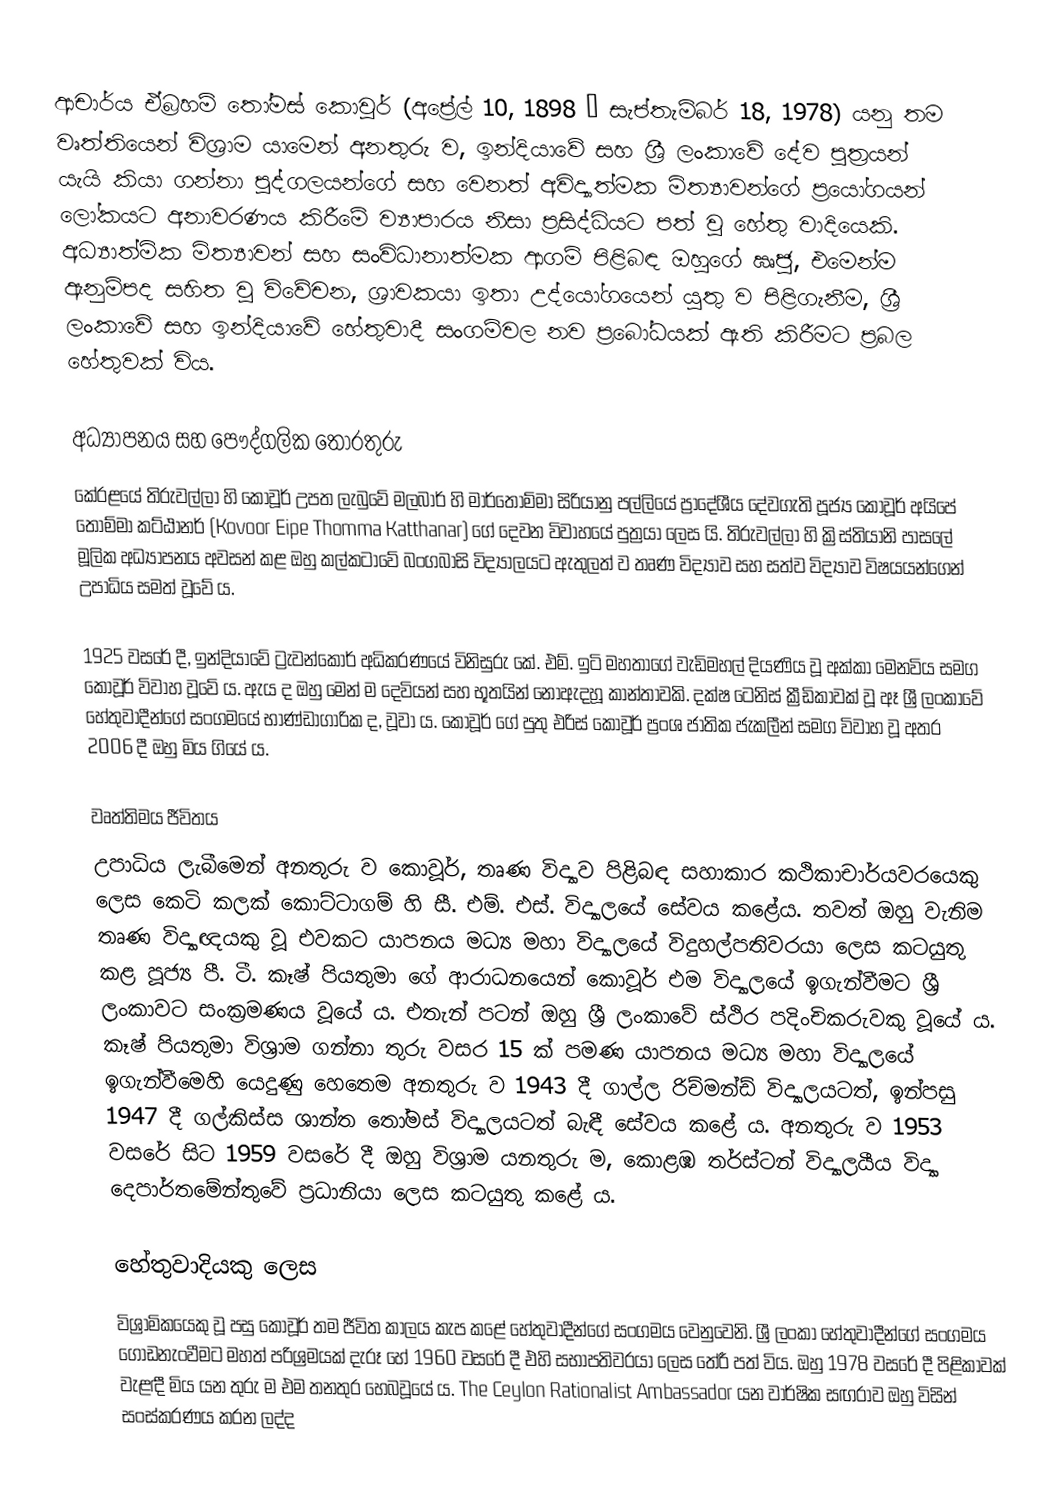
ආචාර්ය ඒබ්‍රහම් තෝමස් ‍කොවූර් (අප්‍රේල් 10, 1898 – සැප්තැම්බර් 18, 1978) යනු තම වෘත්තියෙන් විශ්‍රාම යාමෙන් අනතුරු ව, ඉන්දියාවේ සහ ශ්‍රී ලංකාවේ දේව පුත්‍රයන් යැයි කියා ගන්නා පුද්ගලයන්ගේ සහ වෙනත් අවිද්‍යාත්මක මිත්‍යාවන්ගේ ප්‍රයෝගයන් ලෝකයට අනාවරණය කිරීමේ ව්‍යාපාරය නිසා ප්‍රසිද්ධියට පත් වූ හේතු වාදියෙකි. අධ්‍යාත්මික මිත්‍යාවන් සහ සංවිධානාත්මක ආගම් පිළිබඳ ඔහුගේ ඍජු, එමෙන්ම ඇනුම්පද සහිත වූ විවේචන, ශ්‍රාවකයා ඉතා උද්යෝගයෙන් යුතු ව පිළිගැනීම, ශ්‍රී ලංකාවේ සහ ඉන්දියාවේ හේතුවාදී සංගම්වල නව ප්‍රබෝධයක් ඇති කිරීමට ප්‍රබල හේතුවක් විය.

අධ්‍යාපනය සහ පෞද්ගලික තොරතුරු
කේරළයේ තිරුවල්ලා හි කොවූර් උපත ලැබුවේ මලබාර් හි මාර්තොම්මා සිරියානු පල්ලියේ ප්‍රාදේශීය දේවගැති පූජ්‍ය කොවූර් අයිපේ තොම්මා කට්ඨානර් (Kovoor Eipe Thomma Katthanar)  ගේ දෙවන විවාහයේ පුත්‍රයා ලෙස යි. තිරුවල්ලා හි ක්‍රිස්තියානි පාසලේ මූලික අධ්‍යාපනය අවසන් කළ ඔහු කල්කටා‍වේ බංගබාසි විද්‍යාලයට ඇතුලත් ව තෘණ විද්‍යාව සහ සත්ව විද්‍යාව විෂයයන්ගෙන් උපාධිය සමත් වූවේ ය.

1925 වසරේ දී, ඉන්දියාවේ ට්‍රැවන්කෝර් අධිකරණයේ විනිසුරු කේ. එම්. ඉටි මහතාගේ වැඩිමහල් දියණිය වූ අක්කා මෙනවිය සමග  කොවූර් විවාහ වූවේ ය. ඇය ද ඔහු මෙන් ම දෙවියන් සහ භූතයින් නොඇදහූ කාන්තාවකි. දක්ෂ ටෙනිස් ක්‍රීඩිකාවක් වූ ඈ ශ්‍රී ලංකාවේ හේතුවාදීන්ගේ සංගමයේ භාණ්ඩාගාරික ද, වූවා ය. කොවූර් ගේ පුතු එරිස් කොවූර් ප්‍රංශ ජාතික ජැකලීන් සමග විවාහ වූ අතර 2006 දී ඔහු මිය ගි‍යේ ය.

වෘත්තිමය ජීවිතය
උපාධිය ලැබීමෙන් අනතුරු ව කොවූර්, තෘණ විද්‍යාව පිළිබඳ සහාකාර කථිකාචාර්යවරයෙකු ලෙස කෙටි කලක් කොට්ටාගම් හි සී. එම්. එස්. විද්‍යාලයේ සේවය කළේය. තවත් ඔහු වැනිම තෘණ විද්‍යා‍‍‍ඥයකු වූ එවකට යාපනය මධ්‍ය මහා විද්‍යාලයේ විදුහල්පතිවරයා ලෙස කටයුතු කළ පූජ්‍ය පී. ටී. කෑෂ් පියතුමා ගේ ආරාධනයෙන් කොවූර් එම විද්‍යාලයේ ඉගැන්වීමට ශ්‍රී ලංකාවට සංක්‍රමණය වූයේ ය. එතැන් පටන් ඔහු ශ්‍රී ලංකාවේ ස්ථිර පදිංචිකරුවකු වූයේ ය. කෑෂ් පියතුමා විශ්‍රාම ගන්නා තුරු වසර 15 ක් පමණ යාපනය මධ්‍ය මහා විද්‍යාලයේ ඉගැන්වීමෙහි යෙදුණු හෙතෙම අනතුරු ව 1943 දී ගාල්ල රිච්මන්ඩ් විද්‍යාලයටත්, ඉන්පසු 1947 දී ගල්කිස්ස ශාන්ත තෝමස් විද්‍යාලයටත් බැඳී සේවය කළේ ය. අනතුරු ව 1953 වසරේ සිට 1959 වසරේ දී ඔහු විශ්‍රාම යනතුරු ම, කොළඹ තර්ස්ටන් විද්‍යාලයීය විද්‍යා දෙපාර්තමේන්තුවේ ප්‍රධානියා ලෙස කටයුතු කළේ ය.

හේතුවාදියකු ලෙස
විශ්‍රාමිකයෙකු වූ පසු කොවූර් තම ජීවිත කාලය කැප ක‍ළේ හේතුවාදීන්ගේ සංගමය වෙනුවෙනි. ශ්‍රී ලංකා හේතුවාදීන්ගේ සංගමය ගොඩනැංවීමට මහත් පරිශ්‍රමයක් දැරූ හේ 1960 වසරේ දී එහි සභාපතිවරයා ලෙස තේරී පත් විය. ඔහු 1978 වසරේ දී පිළිකාවක් වැළඳී මිය යන තුරු ම එම තනතුර හෙබවූයේ ය. The Ceylon Rationalist Ambassador යන වාර්ෂික සඟරාව ඔහු විසින් සංස්කරණය කරන ලද්ද